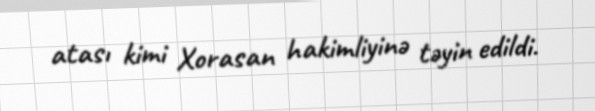
atası kimi Xorasan hakimliyinə təyin edildi.